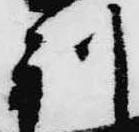
利